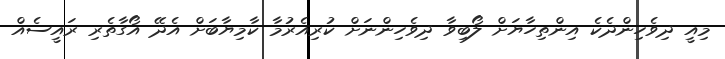
މިއީ ދިވެހިންދެކެ އިންތިހާޔަށް ލޯބިވާ ދިވެހިންނަށް ކުރިއެރުމާ ކާމިޔާބަށް އެދޭ އޯގާތެރި ރައީސެއް